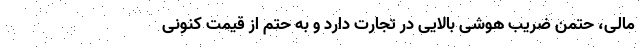
مالی، حتمن ضریب هوشی بالایی در تجارت دارد و به حتم از قیمت کنونی